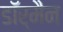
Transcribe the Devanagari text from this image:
डॉर्मैन